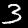
Digit: 3